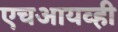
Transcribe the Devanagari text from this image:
एचआयव्ही